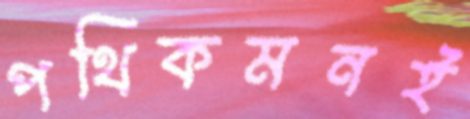
পথিকমনই